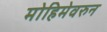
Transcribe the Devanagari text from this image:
मोहिमेवरुन